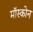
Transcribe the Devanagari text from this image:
मॉस्कोन